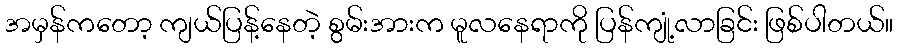
အမှန်ကတော့ ကျယ်ပြန့်နေတဲ့ စွမ်းအားက မူလနေရာကို ပြန်ကျုံ့လာခြင်း ဖြစ်ပါတယ်။